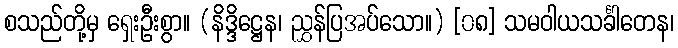
စသည်တို့မှ ရှေးဦးစွာ။ (နိဒ္ဒိဋ္ဌေန၊ ညွှန်ပြအပ်သော။) [၀၈] သမဝါယသင်္ခါတေန၊